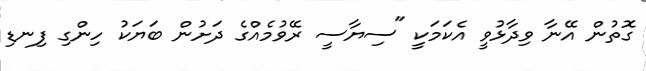
ގޮތުން އޭނާ ވިދާޅުވީ އެކަމަކީ "ސިޔާސީ ރޭވުމެއްގެ ދަށުން ބަޔަކު ހިންގި ފިނޑި